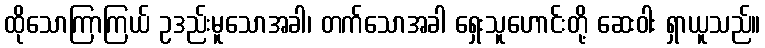
ထိုသောကြာကြယ် ဥဒည်းမူသောအခါ၊ တက်သောအခါ ရှေးသူဟောင်းတို့ ဆေးဝါး ရှာယူသည်။